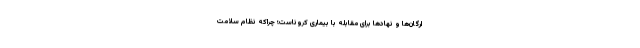
ارگان‌ها و نهادها برای مقابله با بیماری کروناست؛ چراکه نظام سلامت